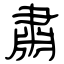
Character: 肅